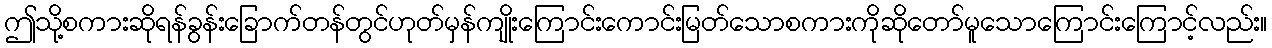
ဤသို့စကားဆိုရန်ခွန်းခြောက်တန်တွင်ဟုတ်မှန်ကျိုးကြောင်းကောင်းမြတ်သောစကားကိုဆိုတော်မူသောကြောင်းကြောင့်လည်း။